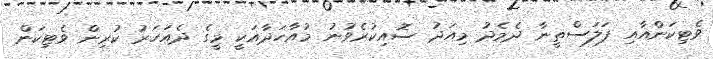
ވެޓިކަންއާއި ފަލަސްތީނާ ދެމެދު މިއަދު ސޮއިކުރެވުނު މުއާހަދާއަކީ މީގެ ދެއަހަރު ކުރިން ވެޓިކަން